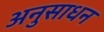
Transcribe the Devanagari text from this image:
अनुसाधन